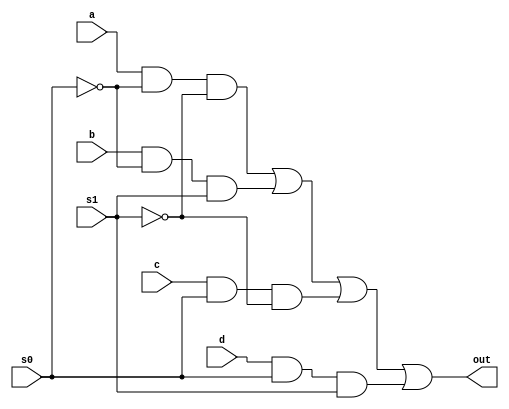
module FA (out, a, b, c, d, s0, s1);

input a, b, c, d, s0, s1;
output out;
wire s0bar, s1bar, T1, T2, T3, T4;

not(s0bar, s0),(s1bar, s1);
and(T1, a, s0bar, s1bar),(T2, b, s0bar, s1),(T3, c, s0, s1bar),(T4, d, s0, s1);
or(out, T1, T2, T3, T4);

endmodule